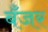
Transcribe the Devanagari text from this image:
बँजर